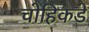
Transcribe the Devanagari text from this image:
चोहिकडे